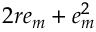
2 r e _ { m } + e _ { m } ^ { 2 }